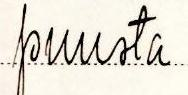
puusta